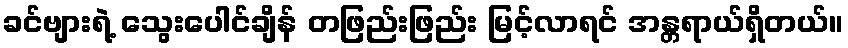
ခင်ဗျားရဲ့ သွေးပေါင်ချိန် တဖြည်းဖြည်း မြင့်လာရင် အန္တရာယ်ရှိတယ်။